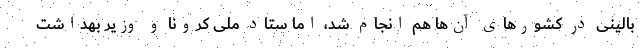
بالینی در کشورهای آن‌ها هم انجام شد، اما ستاد ملی کرونا و وزیر بهداشت